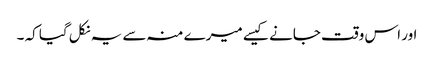
اور اس وقت جانے کیسے میرے منہ سے یہ نکل گیا کہ ۔